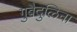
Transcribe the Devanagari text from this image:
गुबैदुलिना